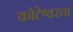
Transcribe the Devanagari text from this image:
कोटेश्वरचा